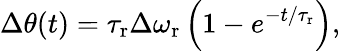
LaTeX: \Delta\theta(t)=\tau_{\mathrm{r}}\Delta\omega_{\mathrm{r}}\left(1-e^{-t/\tau_{\mathrm{r}}}\right),